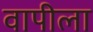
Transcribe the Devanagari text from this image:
वापीला